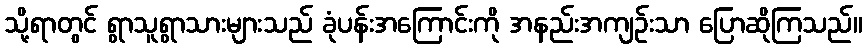
သို့ရာတွင် ရွာသူရွာသားများသည် ခုံပန်းအကြောင်းကို အနည်းအကျဉ်းသာ ပြောဆိုကြသည်။